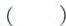
( )